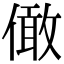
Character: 㒈